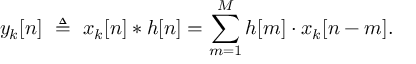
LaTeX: y _ { k } [ n ] \ \triangleq \ x _ { k } [ n ] * h [ n ] = \sum _ { m = 1 } ^ { M } h [ m ] \cdot x _ { k } [ n - m ] .